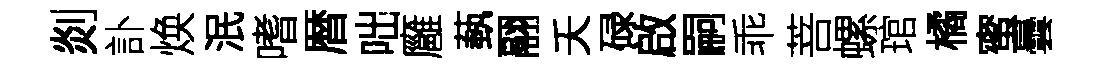
剡訃焕泯嗜暦咄廱蓺翮夭碌啟嗣乖菩螺琯橘蜜曇